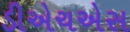
ડીએચએસ